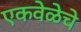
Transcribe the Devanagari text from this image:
एकवेळेचे